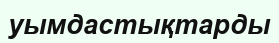
уымдастықтарды